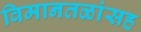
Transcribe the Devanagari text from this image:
विमानतळांसह